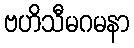
ဗဟိသီမဂမနာ